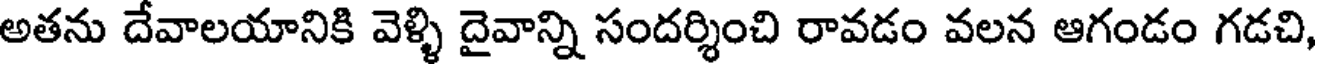
అతను దేవాలయానికి వెళ్ళి దైవాన్ని సందర్శించి రావడం వలన ఆగండం గడచి,